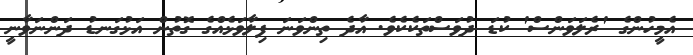
އެމީހުންގެ 'ރެލަވަންސް' ކުޑަ ދުވަސްތަކެކެވެ. އާދެ ތިންވަނަ ފިލާވަޅެއްގެ ގޮތުން އަޅުގަނޑު ދަންނަވާނީ